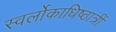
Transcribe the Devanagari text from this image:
स्वर्लोकाधिष्ठात्रीं